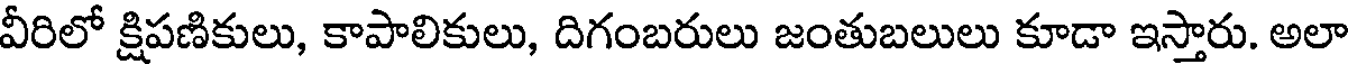
వీరిలో క్షిపణికులు, కాపాలికులు, దిగంబరులు జంతుబలులు కూడా ఇస్తారు. అలా